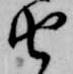
由